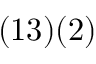
( { 1 3 } ) ( { 2 } )